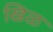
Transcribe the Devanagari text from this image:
खिळ